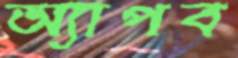
অ্যাপব